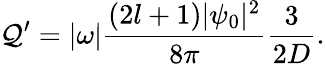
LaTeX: \mathcal{Q}^{\prime}=|\omega|\frac{{(2l+1)|\psi_{0}|^{2}}}{{8\pi}}\frac{{3}}{{2D}}.